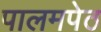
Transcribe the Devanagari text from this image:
पालमपेठ